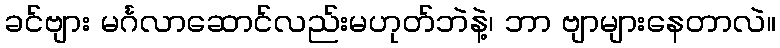
ခင်ဗျား မင်္ဂလာဆောင်လည်းမဟုတ်ဘဲနဲ့၊ ဘာ ဗျာများနေတာလဲ။